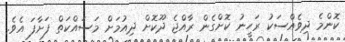
ކޮންމެ ދިވެއްސަކު ރަހީނު ކޮށްގެން ރާއްޖެ ދޫކޮށް ދިއުމަށް މަސައްކަތް ފަށާފަ އެވެ.